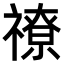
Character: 𥛰